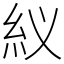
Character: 紁